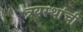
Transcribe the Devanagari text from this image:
त्रयस्थांची